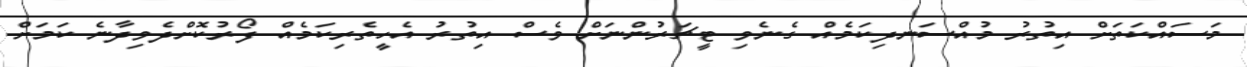
މަސައްކަތަށް އިތުރު މުއްސަނދިކަމެއް ގެނެވި ޓީޗަރުންނަށް ވެސް އިތުރު އެހީތެރިކަމެއް ފޯރުކޮށްދެވިދާނެ ކަމަށް